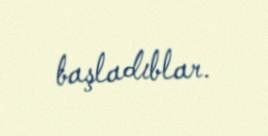
başladıblar.